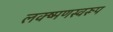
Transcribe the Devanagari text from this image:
लक्ष्मणस्वरूप